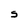
Character: S